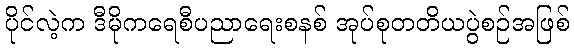
ပိုင်လဲ့က ဒီမိုကရေစီပညာရေးစနစ် အုပ်စုတတိယပွဲစဉ်အဖြစ်